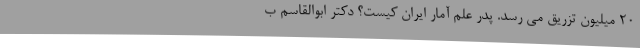
۲۰ میلیون تزریق می رسد. پدر علم آمار ایران کیست؟ دکتر ابوالقاسم ب